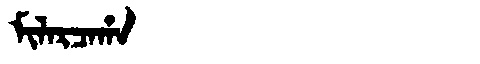
Manchu: ᠮᡳᠯᠠᡵᠴᠠᡥᠠ
Romanization: MILARCAHA